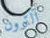
آلترون